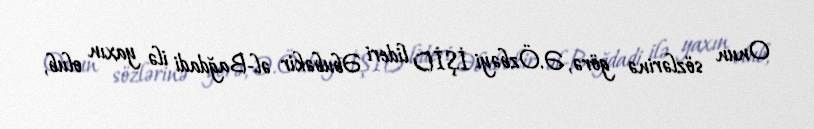
Onun sözlərinə görə, Ə.Özbəyi İŞİD lideri Əbubəkir əl-Bağdadi ilə yaxın olub,